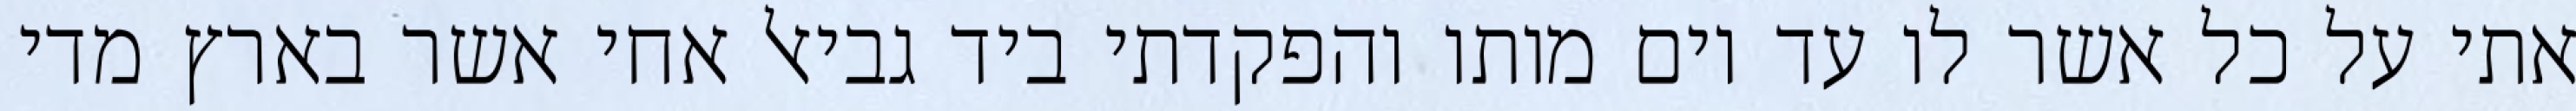
אתי על כל אשר לו עד יום מותו והפקדתי ביד גביאל אחי אשר בארץ מדי